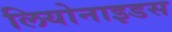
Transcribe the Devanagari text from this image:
लियोनाइडस